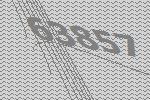
63857